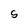
Character: S